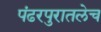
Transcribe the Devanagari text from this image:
पंढरपुरातलेच